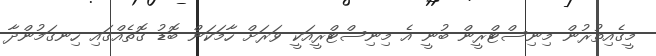
މީގެއިތުރުން މިނިސްޓްރީން ބުނީ އެ މިނިސްޓްރީއަކީ ވަރަށް ހާމަކަން ބޮޑު ގޮތެއްގައި ހިނގަމުންދާ